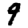
Digit: 9